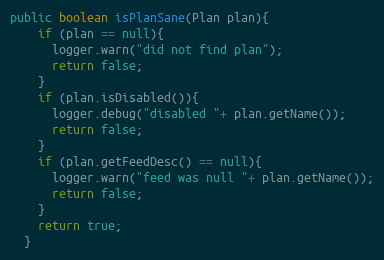
Language: Java
public boolean isPlanSane(Plan plan){
    if (plan == null){
      logger.warn("did not find plan");
      return false;
    }
    if (plan.isDisabled()){
      logger.debug("disabled "+ plan.getName());
      return false;
    }
    if (plan.getFeedDesc() == null){
      logger.warn("feed was null "+ plan.getName());
      return false;
    }
    return true;
  }